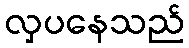
လှပနေသည်